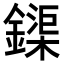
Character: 𨬡